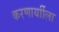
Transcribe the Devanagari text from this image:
करणार्याीला